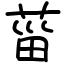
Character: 菑